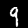
Digit: 9